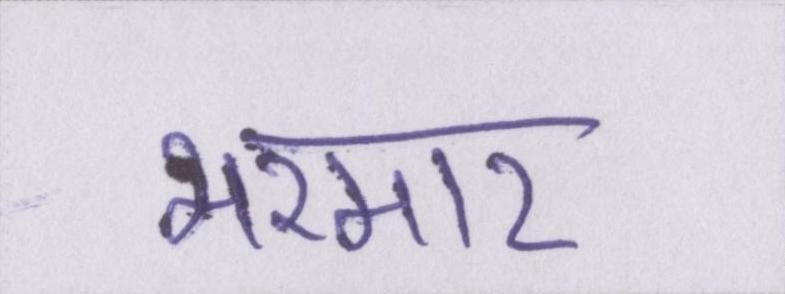
भरमार